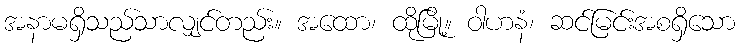
အနာမရှိသည်သာလျှင်တည်း။ အထော၊ ထိုမြို့။ ဝါဟနံ၊ ဆင်မြင်းအစရှိသော